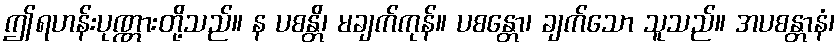
ဤရဟန်းပုဏ္ဏားတို့သည်။ န ပစန္တိ၊ မချက်ကုန်။ ပစန္တော၊ ချက်သော သူသည်။ အပစန္တာနံ၊